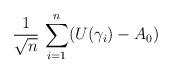
LaTeX: \begin{align*} \frac{1}{\sqrt{n}} \, \sum_{i=1}^n (U(\gamma_i) - A_0) \end{align*}